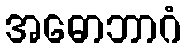
အဓောဘာဂံ